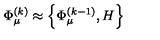
\Phi _ { \mu } ^ { ( k ) } \approx \left\{ \Phi _ { \mu } ^ { ( k - 1 ) } , H \right\}